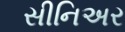
સીનિઅર